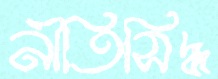
নীতিসিদ্ধ